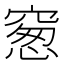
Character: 䆫